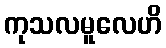
ကုသလမူလေဟိ